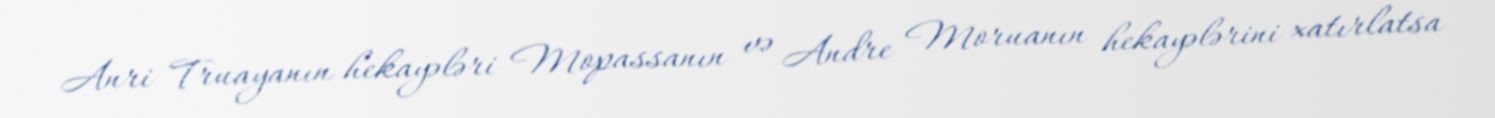
Anri Truayanın hekayələri Mopassanın və Andre Moruanın hekayələrini xatırlatsa